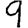
Digit: 9